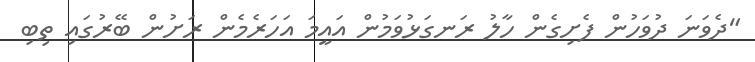
"ދެވަނަ ދުވަހުން ފެށިގެން ހާލު ރަނގަޅުވަމުން އައީމަ އަހަރެމެން ރަށުން ބޭރުގައި ތިބި